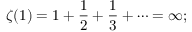
\zeta ( 1 ) = 1 + { \frac { 1 } { 2 } } + { \frac { 1 } { 3 } } + \cdots = \infty ;